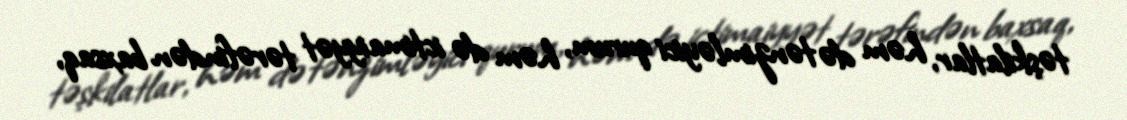
təşkilatlar, həm də tənzimləyici qurum, həm də ictimaiyyət tərəfindən baxsaq,